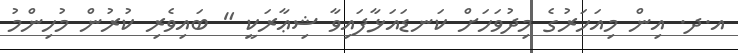
އ.ދ. އިން މިއަހަރުގެ މިދުވަހަށް ކަނޑައަޅާފައިވާ ޝިޢާރަކީ " ބައިވެރި ކުރުން މުހިންމު